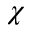
\chi